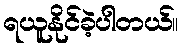
ရယူနိုင်ခဲ့ပါတယ်။